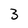
Character: 3